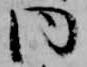
同